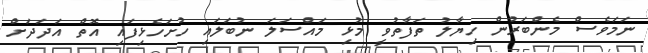
ނަމަވެސް މެންބަރުން ހިޔާލު ތަފާތުވީ މުޅި މައްސަލަ ނުބަލައި ހުށަހެޅިފައި އޮތް އަދަދަށް